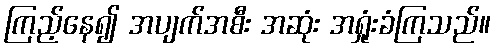
ကြည့်နေ၍ အပျက်အစီး အဆုံး အရှုံးခံကြသည်။